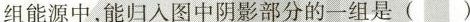
组能源中，能归入图中阴影部分的一组是（）